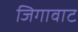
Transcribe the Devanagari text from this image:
जिगावाट